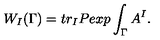
W _ { I } ( \Gamma ) = t r _ { I } P e x p \int _ { \Gamma } A ^ { I } .